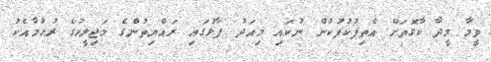
ވީމާ މީދާ ކާގޮތަށް އެތިފުކުފުކުން ނުކައި މިއަދު ފާޅުގައި ރައްޔިތުންގެ މަޖިލީހުގެ ރުޙުމާއެކު